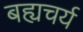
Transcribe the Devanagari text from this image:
बह्यचर्य